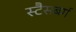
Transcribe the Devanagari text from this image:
स्टैसबर्ग